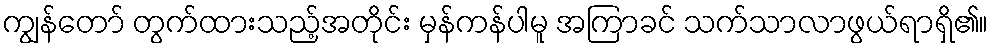
ကျွန်တော် တွက်ထားသည့်အတိုင်း မှန်ကန်ပါမူ အကြာခင် သက်သာလာဖွယ်ရာရှိ၏။